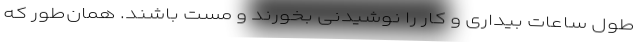
طول ساعات بیداری و کار را نوشیدنی بخورند و مست باشند. همان‌طور که